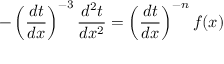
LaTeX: - \left( { \frac { d t } { d x } } \right) ^ { - 3 } { \frac { d ^ { 2 } t } { d x ^ { 2 } } } = \left( { \frac { d t } { d x } } \right) ^ { - n } f ( x )